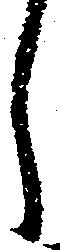
し